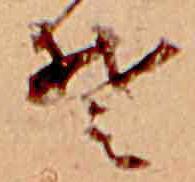
そ